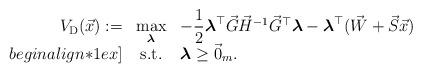
LaTeX: \begin{align*}\begin{array}{rcl}V_{\mathrm{D}}(\vec{x}):=&\max\limits_{\boldsymbol{\lambda}} &-\dfrac{1}{2}\boldsymbol{\lambda}^{\top}\vec{G}\vec{H}^{-1}\vec{G}^{\top}\boldsymbol{\lambda}- \boldsymbol{\lambda}^{\top}(\vec{W}+\vec{S}\vec{x})\\begin{align*}1ex]&\mathrm{s.t.}& \boldsymbol{\lambda}\geq \vec{0}_{m}.\end{array}\end{align*}